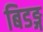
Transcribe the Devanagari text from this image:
बिडङ्ग